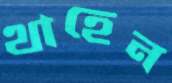
থাহেন